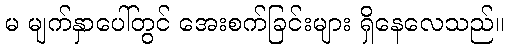
မ မျက်နှာပေါ်တွင် အေးစက်ခြင်းများ ရှိနေလေသည်။